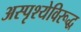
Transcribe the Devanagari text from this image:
अस्पृश्येविरूद्ध